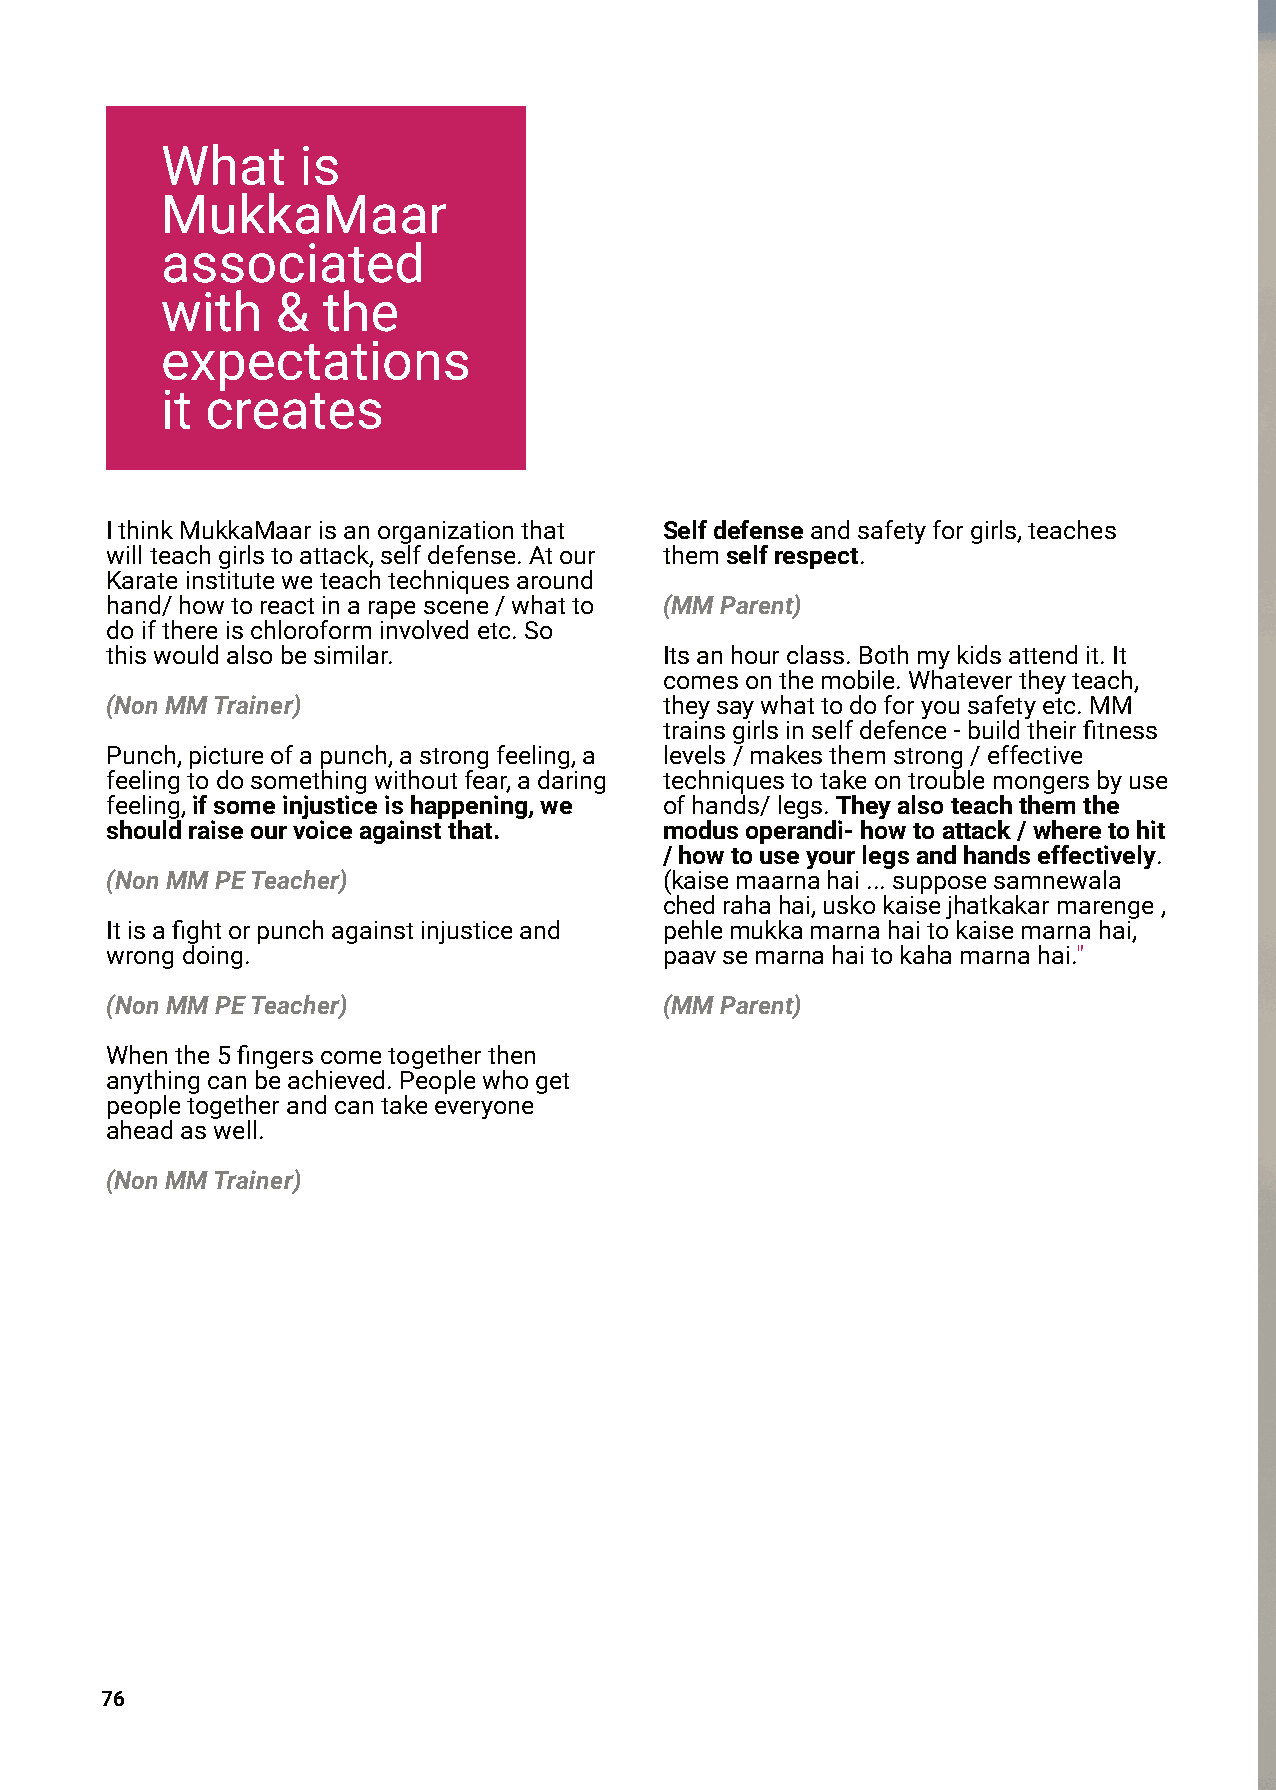
What     is
 MukkaMaar
 associated
 with   &  the
 expectations
 it creates
 IthinkMukkaMaarisanorganizationthat  Selfdefenseandsafetyforgirls,teaches
 willteachgirlstoattack,selfdefense.Atour themselfrespect.
 Karateinstituteweteachtechniquesaround
 hand/howtoreactinarapescene/whatto   (MMParent)
 doifthereischloroforminvolvedetc.So
 thiswouldalsobesimilar.              Itsanhourclass.Bothmykidsattendit.It
 comesonthemobile.Whatevertheyteach,
 (NonMMTrainer)                       theysaywhattodoforyousafetyetc.MM
 trainsgirlsinselfdefence-buildtheirfitness
 Punch,pictureofapunch,astrongfeeling,a levels/makesthemstrong/effective
 feelingtodosomethingwithoutfear,adaring techniquestotakeontroublemongersbyuse
 feeling,ifsomeinjusticeishappening,we ofhands/legs.Theyalsoteachthemthe
 shouldraiseourvoiceagainstthat.      modusoperandi-howtoattack/wheretohit
 /howtouseyourlegsandhandseffectively.
 (NonMMPETeacher)                     (kaisemaarnahai...supposesamnewala
 chedrahahai,uskokaisejhatkakarmarenge,
 Itisafightorpunchagainstinjusticeand pehlemukkamarnahaitokaisemarnahai,
 wrongdoing.                          paavsemarnahaitokahamarnahai."
 (NonMMPETeacher)                     (MMParent)
 Whenthe5fingerscometogetherthen
 anythingcanbeachieved.Peoplewhoget
 peopletogetherandcantakeeveryone
 aheadaswell.
 (NonMMTrainer)
 76